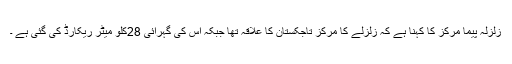
زلزلہ پیما مرکز کا کہنا ہے کہ زلزلے کا مرکز تاجکستان کا علاقہ تھا جبکہ اس کی گہرائی 28کلو میٹر ریکارڈ کی گئی ہے ۔